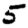
Digit: 5